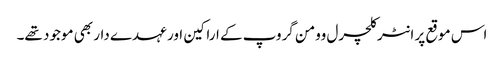
اس موقع پر انٹر کلچرل وومن گروپ کے اراکین اور عہدے دار بھی موجود تھے۔